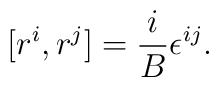
[ r^i, r^j ] = {i \over B} \epsilon^{ij}.